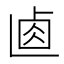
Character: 𠧴